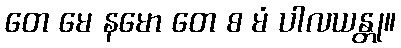
တေ မေ နမော တေ စ မံ ပါလယန္တု။